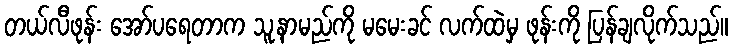
တယ်လီဖုန်း အော်ပရေတာက သူ့နာမည်ကို မမေးခင် လက်ထဲမှ ဖုန်းကို ပြန်ချလိုက်သည်။